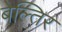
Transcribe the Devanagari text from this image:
बेल्तिर